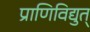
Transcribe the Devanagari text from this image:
प्राणिविद्युत्